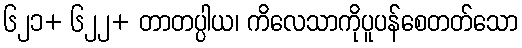
၆၂၁+ ၆၂၂+ တာတပ္ပါယ၊ ကိလေသာကိုပူပန်စေတတ်သော